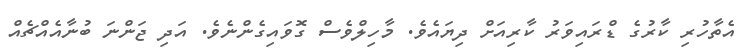
އެތާހުރި ކާރުގެ ޑްރައިވަރު ކާރިއަށް ދިޔައެވެ. މާހިލްވެސް ގޮވައިގެންނެވެ. އަދި ޖަންނަ ބުނާއެއްޗެއް